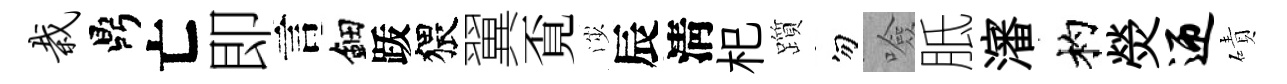
栽鼎亡即言鈿䟦猥翼覔渉辰淸𣏌躓勿噞胝瀋杓熒迎磧